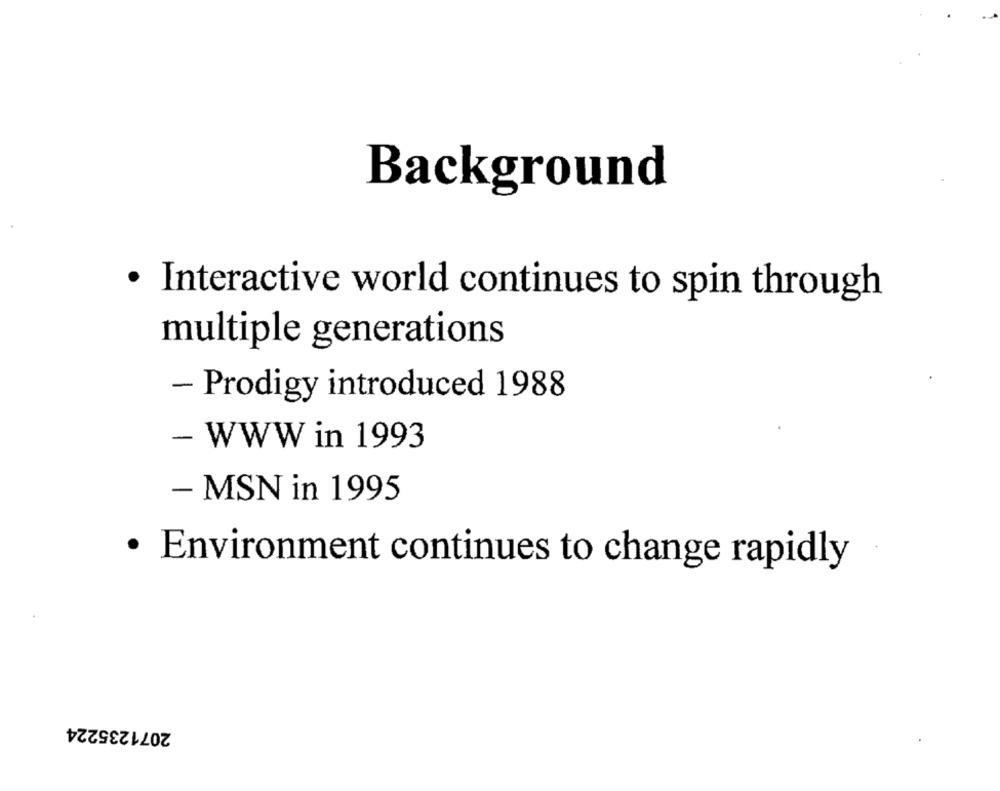
Background
· Interactive world continues to spin through
multiple generations
- Prodigy introduced 1988
- WWW in 1993
- MSN in 1995
· Environment continues to change rapidly
2071235224